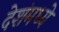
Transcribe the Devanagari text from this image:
देशंमध्ये